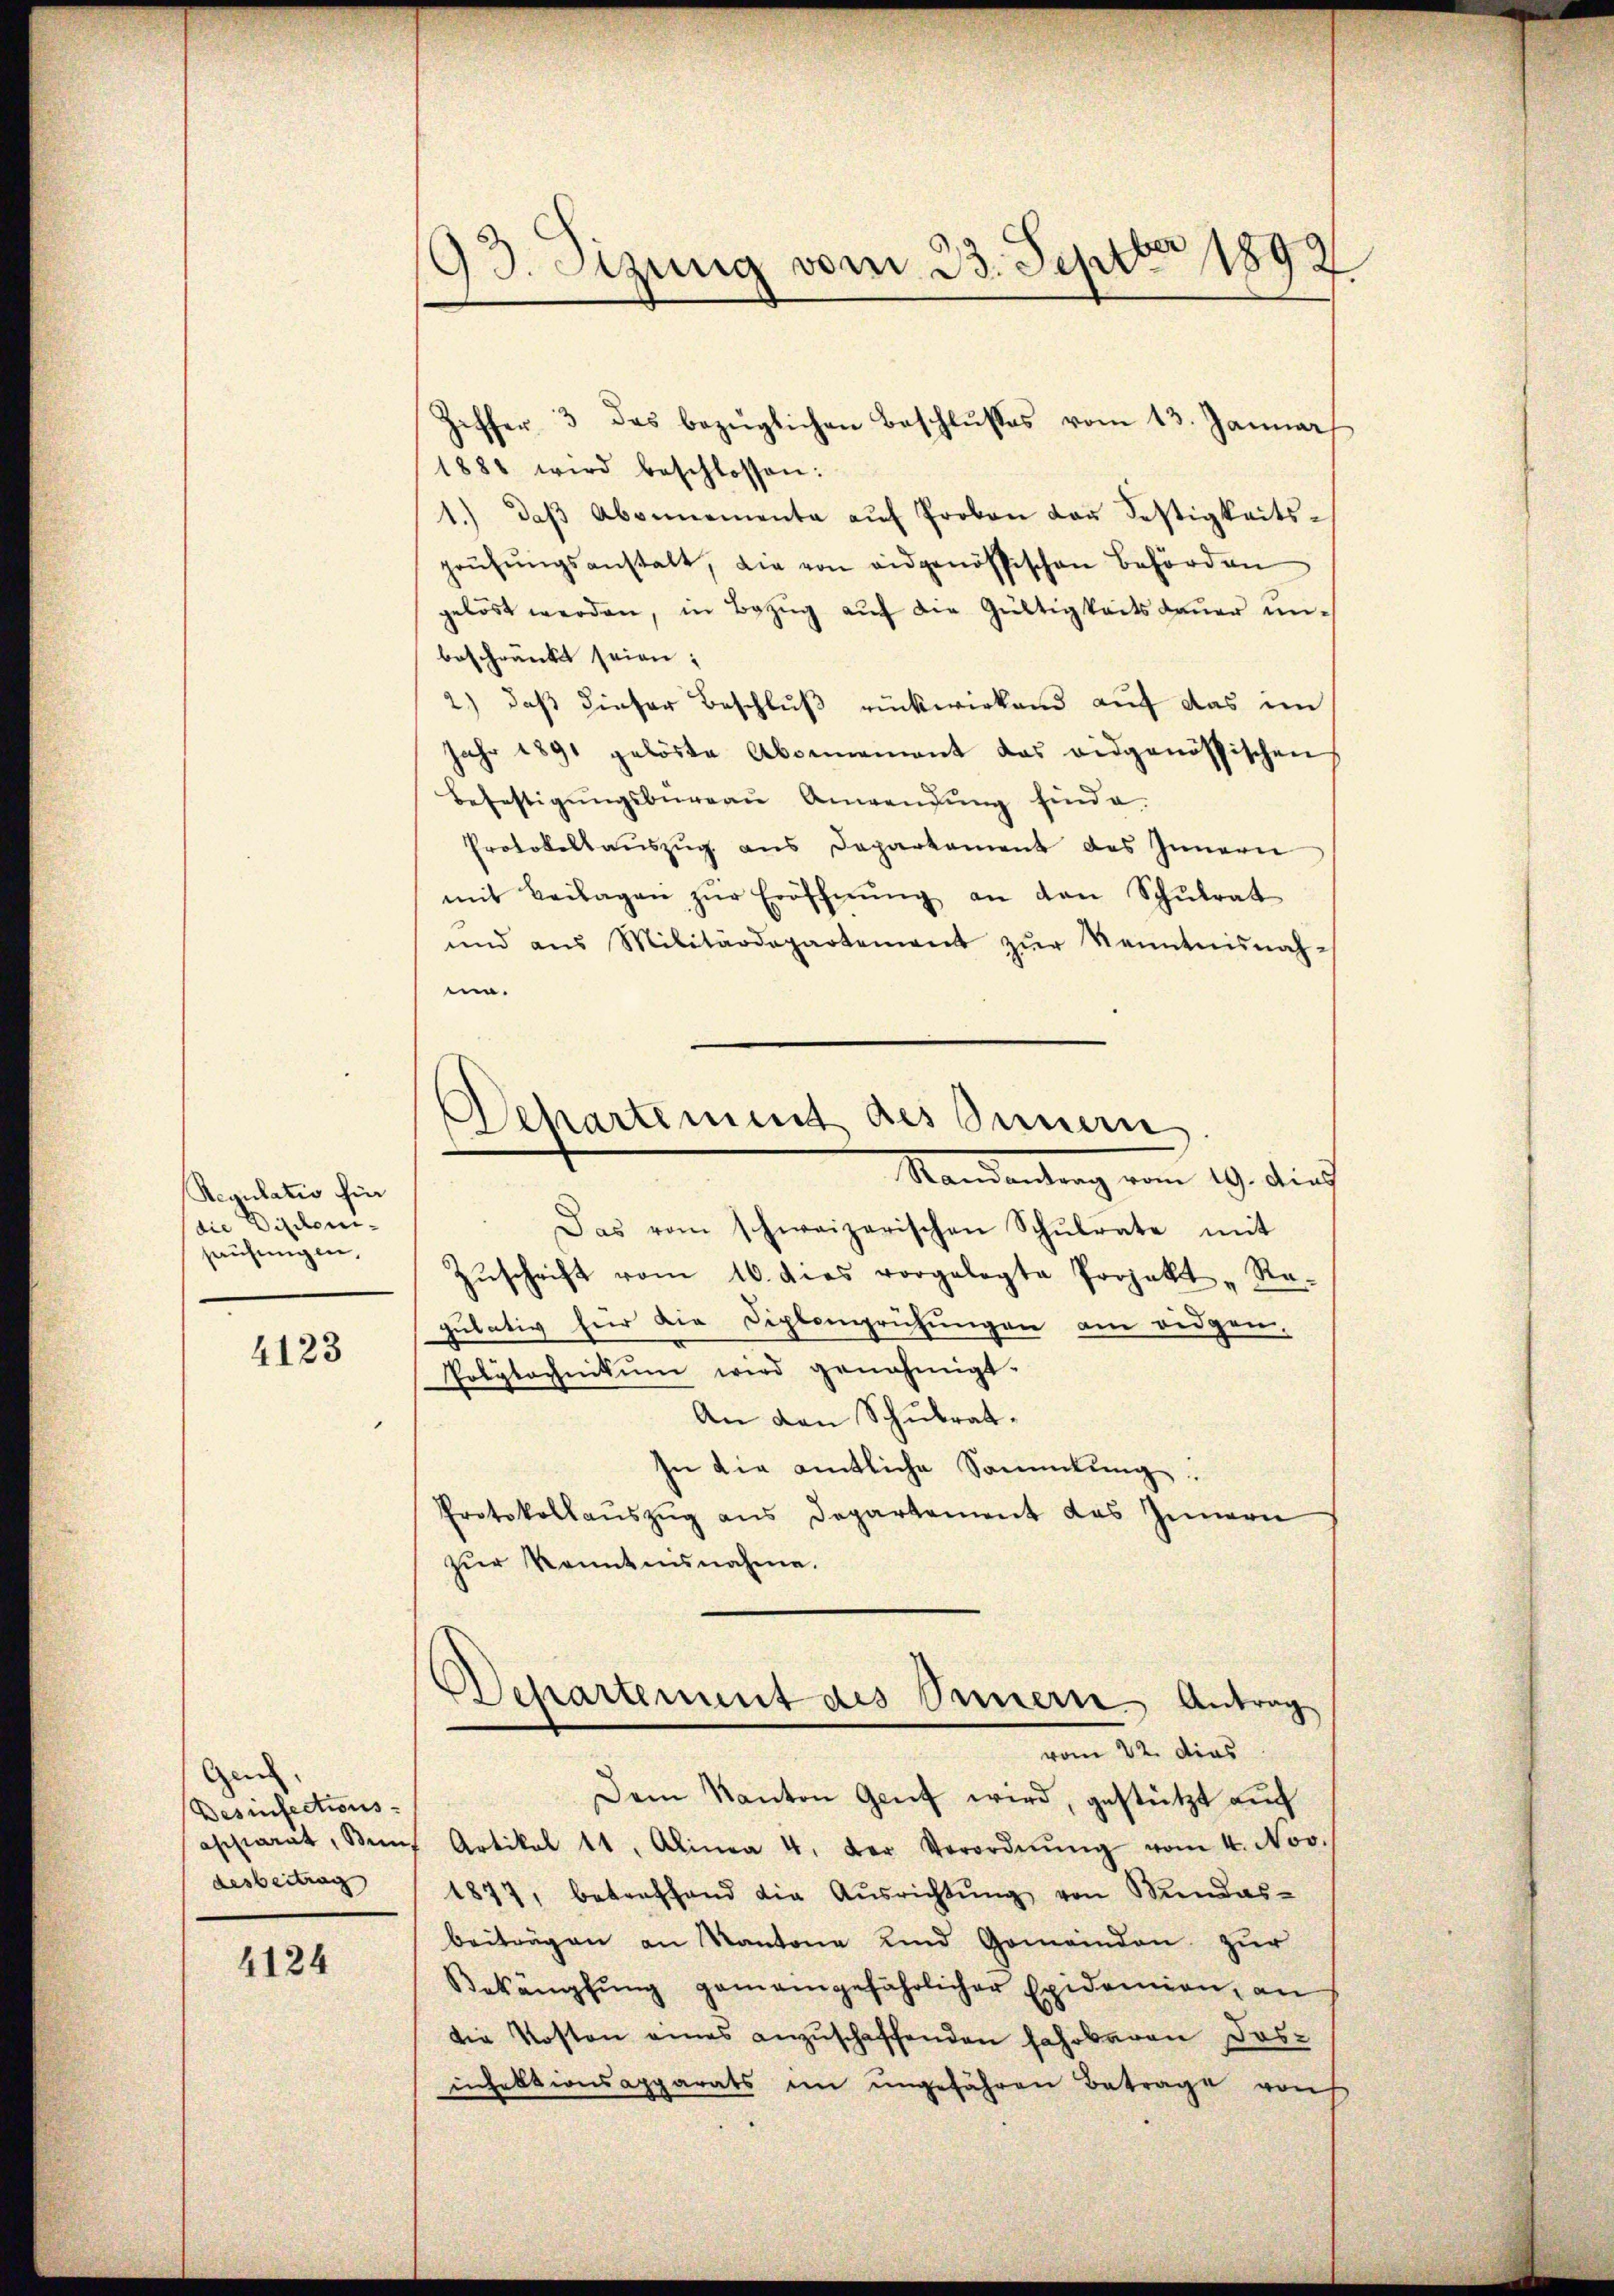
Regulatio fin
die Dipleni-
hausungen,

4123

Gen.
Desinfections-
desbeitrag

4124

93. Sitzung vom 23. Septbr 1899

Departement des Innern
Mandantung vom 19. dies

Ziffer, 3 das bezüglichen Beschlusses vom 13. Januar
1881 wird beschlossen:
1.) daβ Abonnementa aŭf Proben das Festigkeitsprüfŭngsanstalt, die von eidgenössischen Behörden
gelöst werden, in Bezŭg aŭf die Gültigkeitsdaŭer ŭn-
beschränkt seien;
2.) daß dieser Beschlŭβ rückwirkend auf das im
Jahr 1891 gelöste Abonnement das eidgenössischen
Befestigungsbüreau Anwendung finde.
Protokollaŭszŭg ans Departement des Innern
mit Beilagen zŭr Eröffnŭng an den Schŭlrat
und aus Militärdepartement zŭr Kenntnisnah-
.
Das vom schweizerischen Schŭlrate mit
Zŭschrift vom 16. dies vorgelegte Projekt "Ra-
gulativ für die Diplomprüfungen am eidgen.
Polytechnikum wird genehmigt.
An den Schulrat.
In die amtliche Sammlung.
Protokollauszug aus Departement das Innern
zur Kenntnisnahme.
Departement des Innern Antrag
vom 22. dies
Dem Kanton Genf wird, gestützt auf
aschiarat, Bons Artikel 11. Alinea 4. der Verordnŭng vom 4. Nov.
1877, betreffend die Aŭsrichtŭng von Mandas-
beiträgen an Kantone und Gemeinden zur
Bekämpfŭng gemeingefährlicher Epidemien, an
die Kosten eines anzuschaffenden Jahrbaren Dos-
infektionsapparats im ungefähren Betrage von